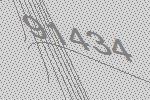
91434